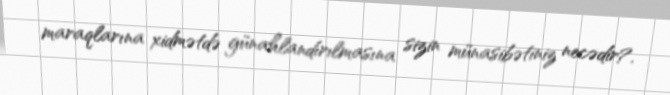
maraqlarına xidmətdə günahlandırılmasına sizin münasibətiniz necədir?.